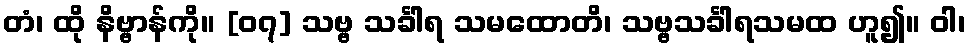
တံ၊ ထို နိဗ္ဗာန်ကို။ [၀၇] သဗ္ဗ သင်္ခါရ သမထောတိ၊ သဗ္ဗသင်္ခါရသမထ ဟူ၍။ ဝါ၊